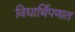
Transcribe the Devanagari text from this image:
विद्यार्थिपणात